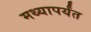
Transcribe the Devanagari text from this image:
मथ्यापर्यंत